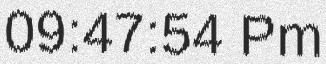
09:47:54 Pm